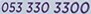
053 330 3300